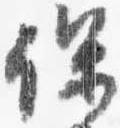
保